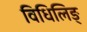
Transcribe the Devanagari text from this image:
विधिलिङ्